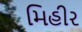
મિહીર